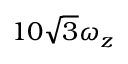
1 0 \sqrt { 3 } \omega _ { z }